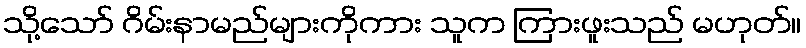
သို့သော် ဂိမ်းနာမည်များကိုကား သူက ကြားဖူးသည် မဟုတ်။